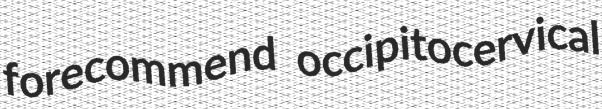
forecommend occipitocervical